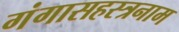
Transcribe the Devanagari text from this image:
गंगासहस्त्रनाम